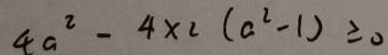
4 a ^ { 2 } - 4 \times 2 ( a ^ { 2 } - 1 ) \geq o